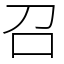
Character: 召